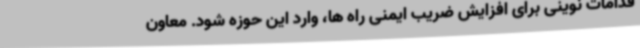
قدامات نوینی برای افزایش ضریب ایمنی راه ها، وارد این حوزه شود. معاون